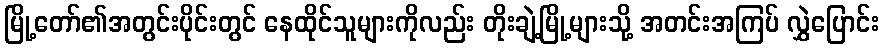
မြို့တော်၏အတွင်းပိုင်းတွင် နေထိုင်သူများကိုလည်း တိုးချဲ့မြို့များသို့ အတင်းအကြပ် လွှဲပြောင်း